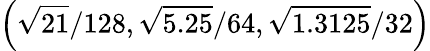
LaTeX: \left(\sqrt{21}/128,\sqrt{5.25}/64,\sqrt{1.3125}/32\right)